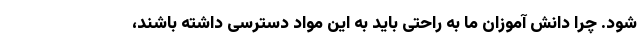
شود. چرا دانش آموزان ما به راحتی باید به این مواد دسترسی داشته باشند،